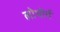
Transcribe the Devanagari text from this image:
लोथोर्प